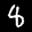
Label: 8